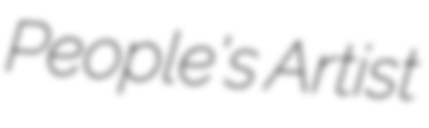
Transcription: People's Artist